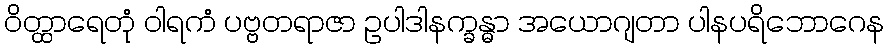
ဝိတ္ထာရေတုံ ဝါရကံ ပဗ္ဗတရာဇာ ဥပါဒါနက္ခန္ဓာ အယောဂျတာ ပါနပရိဘောဂေန